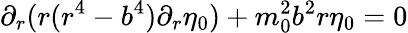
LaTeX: \partial_{r}(r(r^{4}-b^{4})\partial_{r}\eta_{0})+m_{0}^{2}b^{2}r\eta_{0}=0